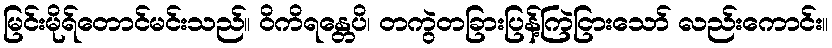
မြင်းမိုရ်တောင်မင်းသည်။ ဝိကိရန္တေပိ၊ တကွဲတခြားပြန့်ကြဲငြားသော် လည်းကောင်း။